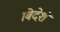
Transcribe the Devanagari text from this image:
बिदेशे